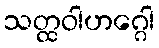
သတ္ထဝါဟဂ္ဂေါ